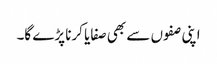
اپنی صفوں سے بھی صفایا کرنا پڑے گا۔